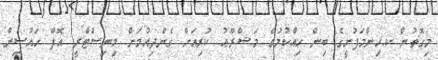
މިގޮތުން ކ.ހިންމަފުށީގެ ބިން ހިއްކުމުގެ މަޝްރޫޢު ކުރިއަށް ގެންދިއުމަށް މިނިސްޓްރީ އޮފް ހައުސިން